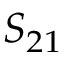
S _ { 2 1 }